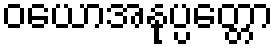
ဝယောအနုပ္ပတ္တော